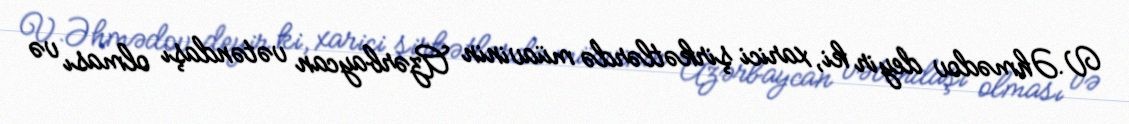
V.Əhmədov deyir ki, xarici şirkətlərdə müavinin Azərbaycan vətəndaşı olması və